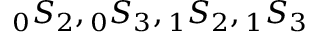
\phantom { } _ { 0 } S _ { 2 } , \phantom { } _ { 0 } S _ { 3 } , \phantom { } _ { 1 } S _ { 2 } , \phantom { } _ { 1 } S _ { 3 }